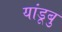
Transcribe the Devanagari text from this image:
यांडूबु